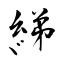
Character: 綈